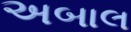
અબાલ